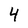
Character: 4